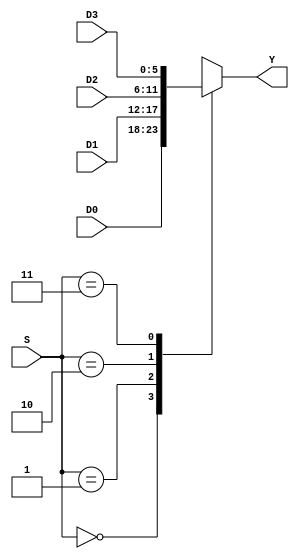
//Multiplexer 6 bits 4 to 1

module mux_4to1_6bits (output reg [5:0] Y, input [1:0] S,
		 input [5:0] D0, input [5:0] D1, input [5:0] D2, input [5:0] D3);

always @ (S,D0,D1,D2,D3)

case (S)

2'b00:   Y = D0;
2'b01:   Y = D1;
2'b10:   Y = D2;
2'b11:   Y = D3;

endcase

endmodule

//Multiplexer 6 bits 2 to 1

module mux_2to1_6bits (output reg [5:0] Y, input S,
		 input [5:0] D0, input [5:0] D1);

always @ (S,D0,D1)

case (S)

1'b0:   Y = D0;
1'b1:   Y = D1;

endcase

endmodule